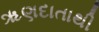
ૠણદાતાથી